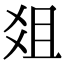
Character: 爼